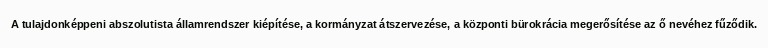
A tulajdonképpeni abszolutista államrendszer kiépítése, a kormányzat átszervezése, a központi bürokrácia megerősítése az ő nevéhez fűződik.